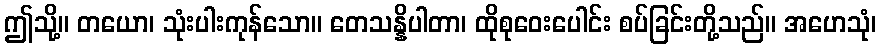
ဤသို့။ တယော၊ သုံးပါးကုန်သော။ တေသန္နိပါတာ၊ ထိုစုဝေးပေါင်း စပ်ခြင်းတို့သည်။ အဟေသုံ၊